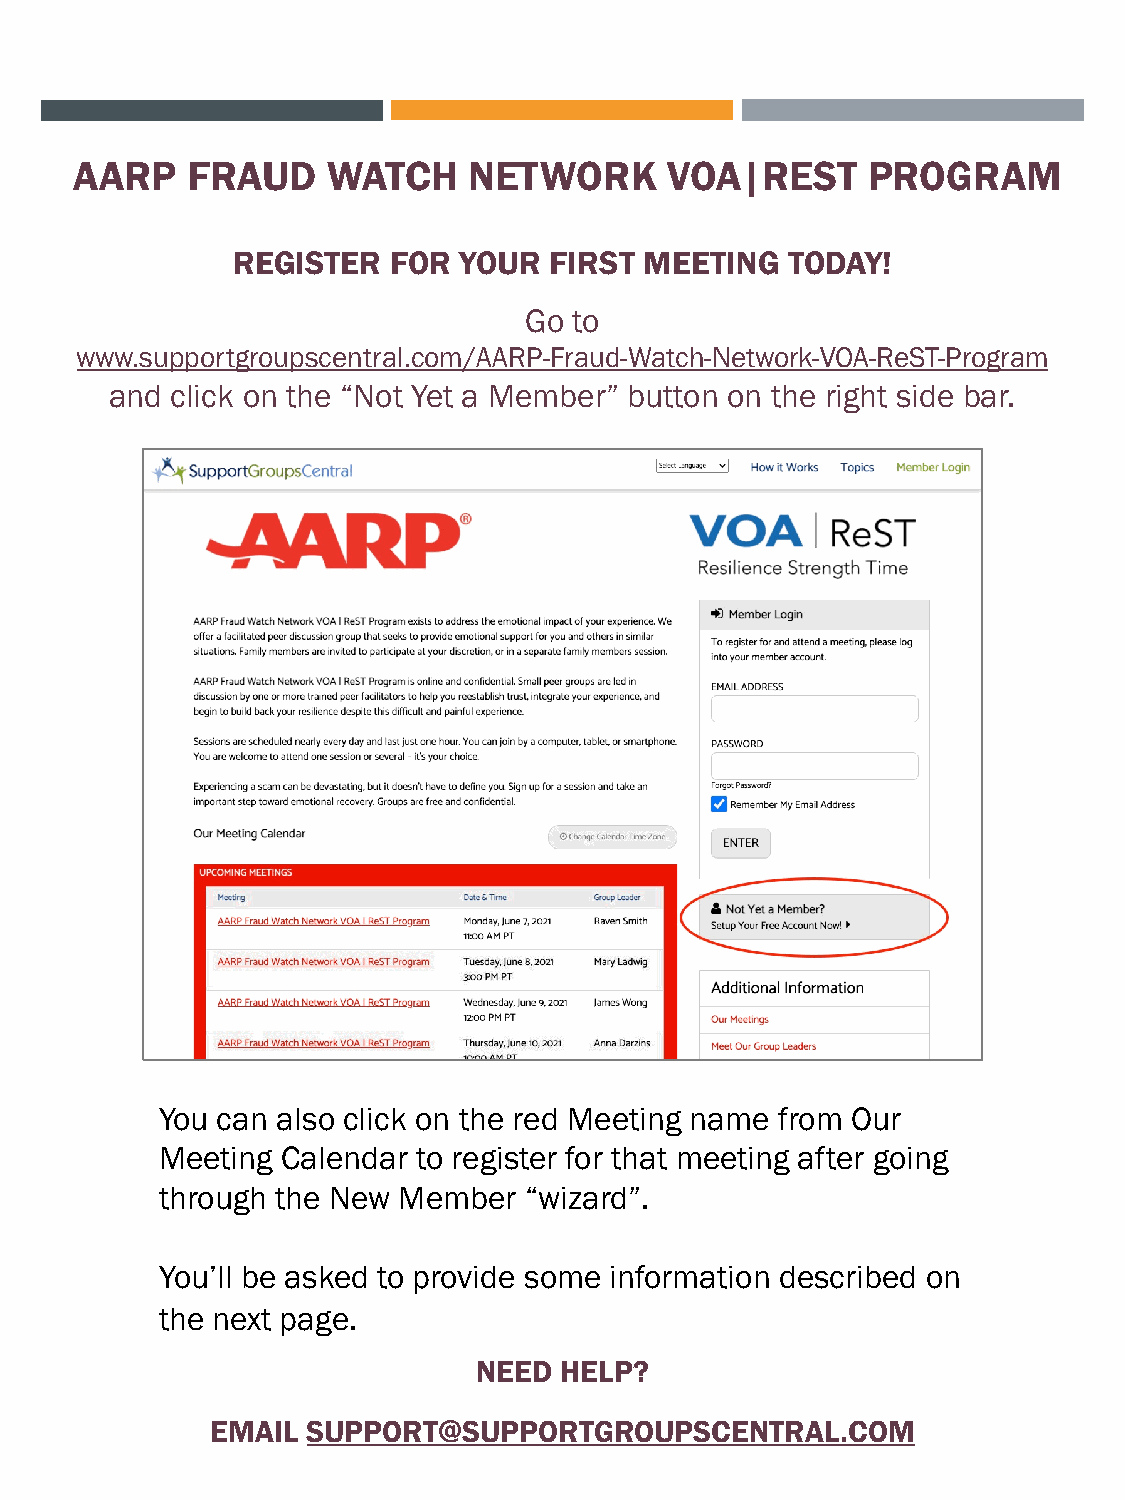
AARP   FRAUD     WATCH    NETWORK      VOA|REST     PROGRAM
 REGISTER   FOR YOUR  FIRST  MEETING  TODAY!
 Go to
 www.supportgroupscentral.com/AARP-Fraud-Watch-Network-VOA-ReST-Program
 and click on the “Not Yet a Member” button on the right side bar.
 You can also click on the red Meeting name from Our
 Meeting Calendar to register for that meeting after going
 through the New Member  “wizard”.
 You’ll be asked to provide some information described on
 the next page.
 NEED HELP?
 EMAIL SUPPORT@SUPPORTGROUPSCENTRAL.COM